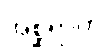
အစ္ဆရာဟိ